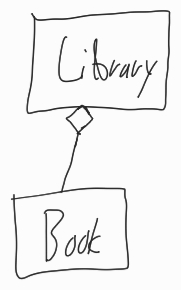
Diagram type: class_diagram
```plantuml
@startuml

class Library

class Book

Library o-- Book

@enduml
```